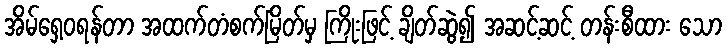
အိမ်ရှေ့ဝရန်တာ အထက်တံစက်မြိတ်မှ ကြိုးဖြင့် ချိတ်ဆွဲ၍ အဆင့်ဆင့် တန်းစီထား သော